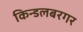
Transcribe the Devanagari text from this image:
किन्डलबरगर